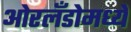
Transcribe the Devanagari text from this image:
ओरलँडोमध्ये